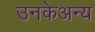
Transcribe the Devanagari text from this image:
उनकेअन्य